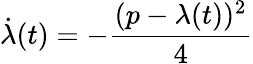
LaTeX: {\dot{\lambda}}(t)=-{\frac{(p-\lambda(t))^{2}}{4}}